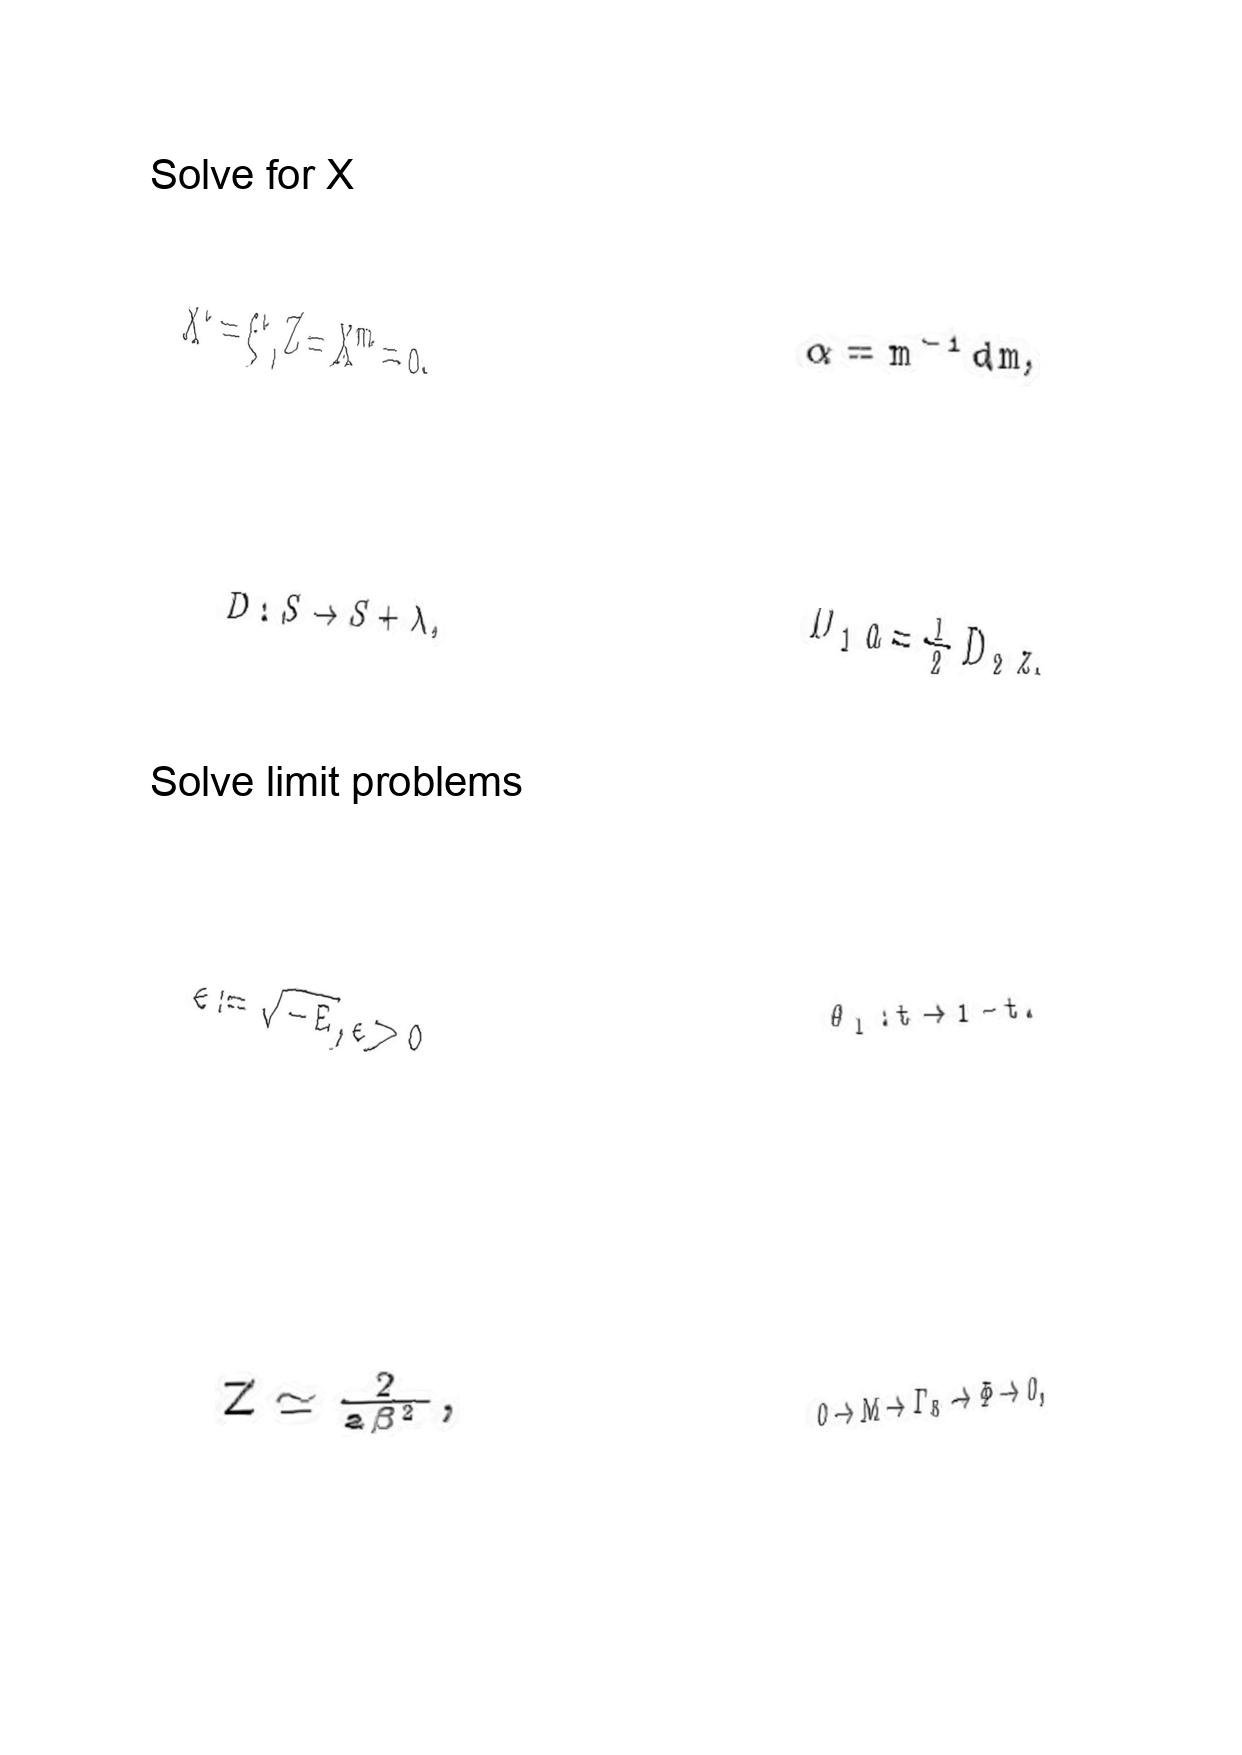
LaTeX transcription:
X ^ { i } = \xi ^ { i } , Z = X ^ { m } = 0 ,
D : S \rightarrow S + \lambda ,
\epsilon : = \sqrt { - E } , \epsilon \gt 0
Z \simeq \frac { 2 } { a \beta ^ { 2 } } ,
\alpha = m ^ { - 1 } d m ,
D _ { 1 } a = \frac { 1 } { 2 } D _ { 2 } z ,
\theta _ { l } : t \rightarrow 1 - t .
0 \to M \to \Gamma _ { 8 } \to \Phi \to 0 ,